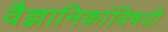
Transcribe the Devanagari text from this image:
वैज्ञानिकांविषयी